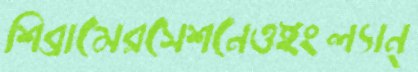
শিব্রামেরসেশনেওইংল্যান্